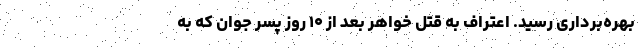
بهره‌برداری رسید. اعتراف به قتل خواهر بعد از ۱۰ روز پسر جوان که به